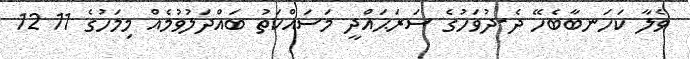
ވެލާ ކަހަނބާބެހޭ ދެ-ދުވަހުގެ ސަރަޙައްދީ މަސައްކަތު ބައްދަލުވުމެއް މިމަހުގެ 11 12